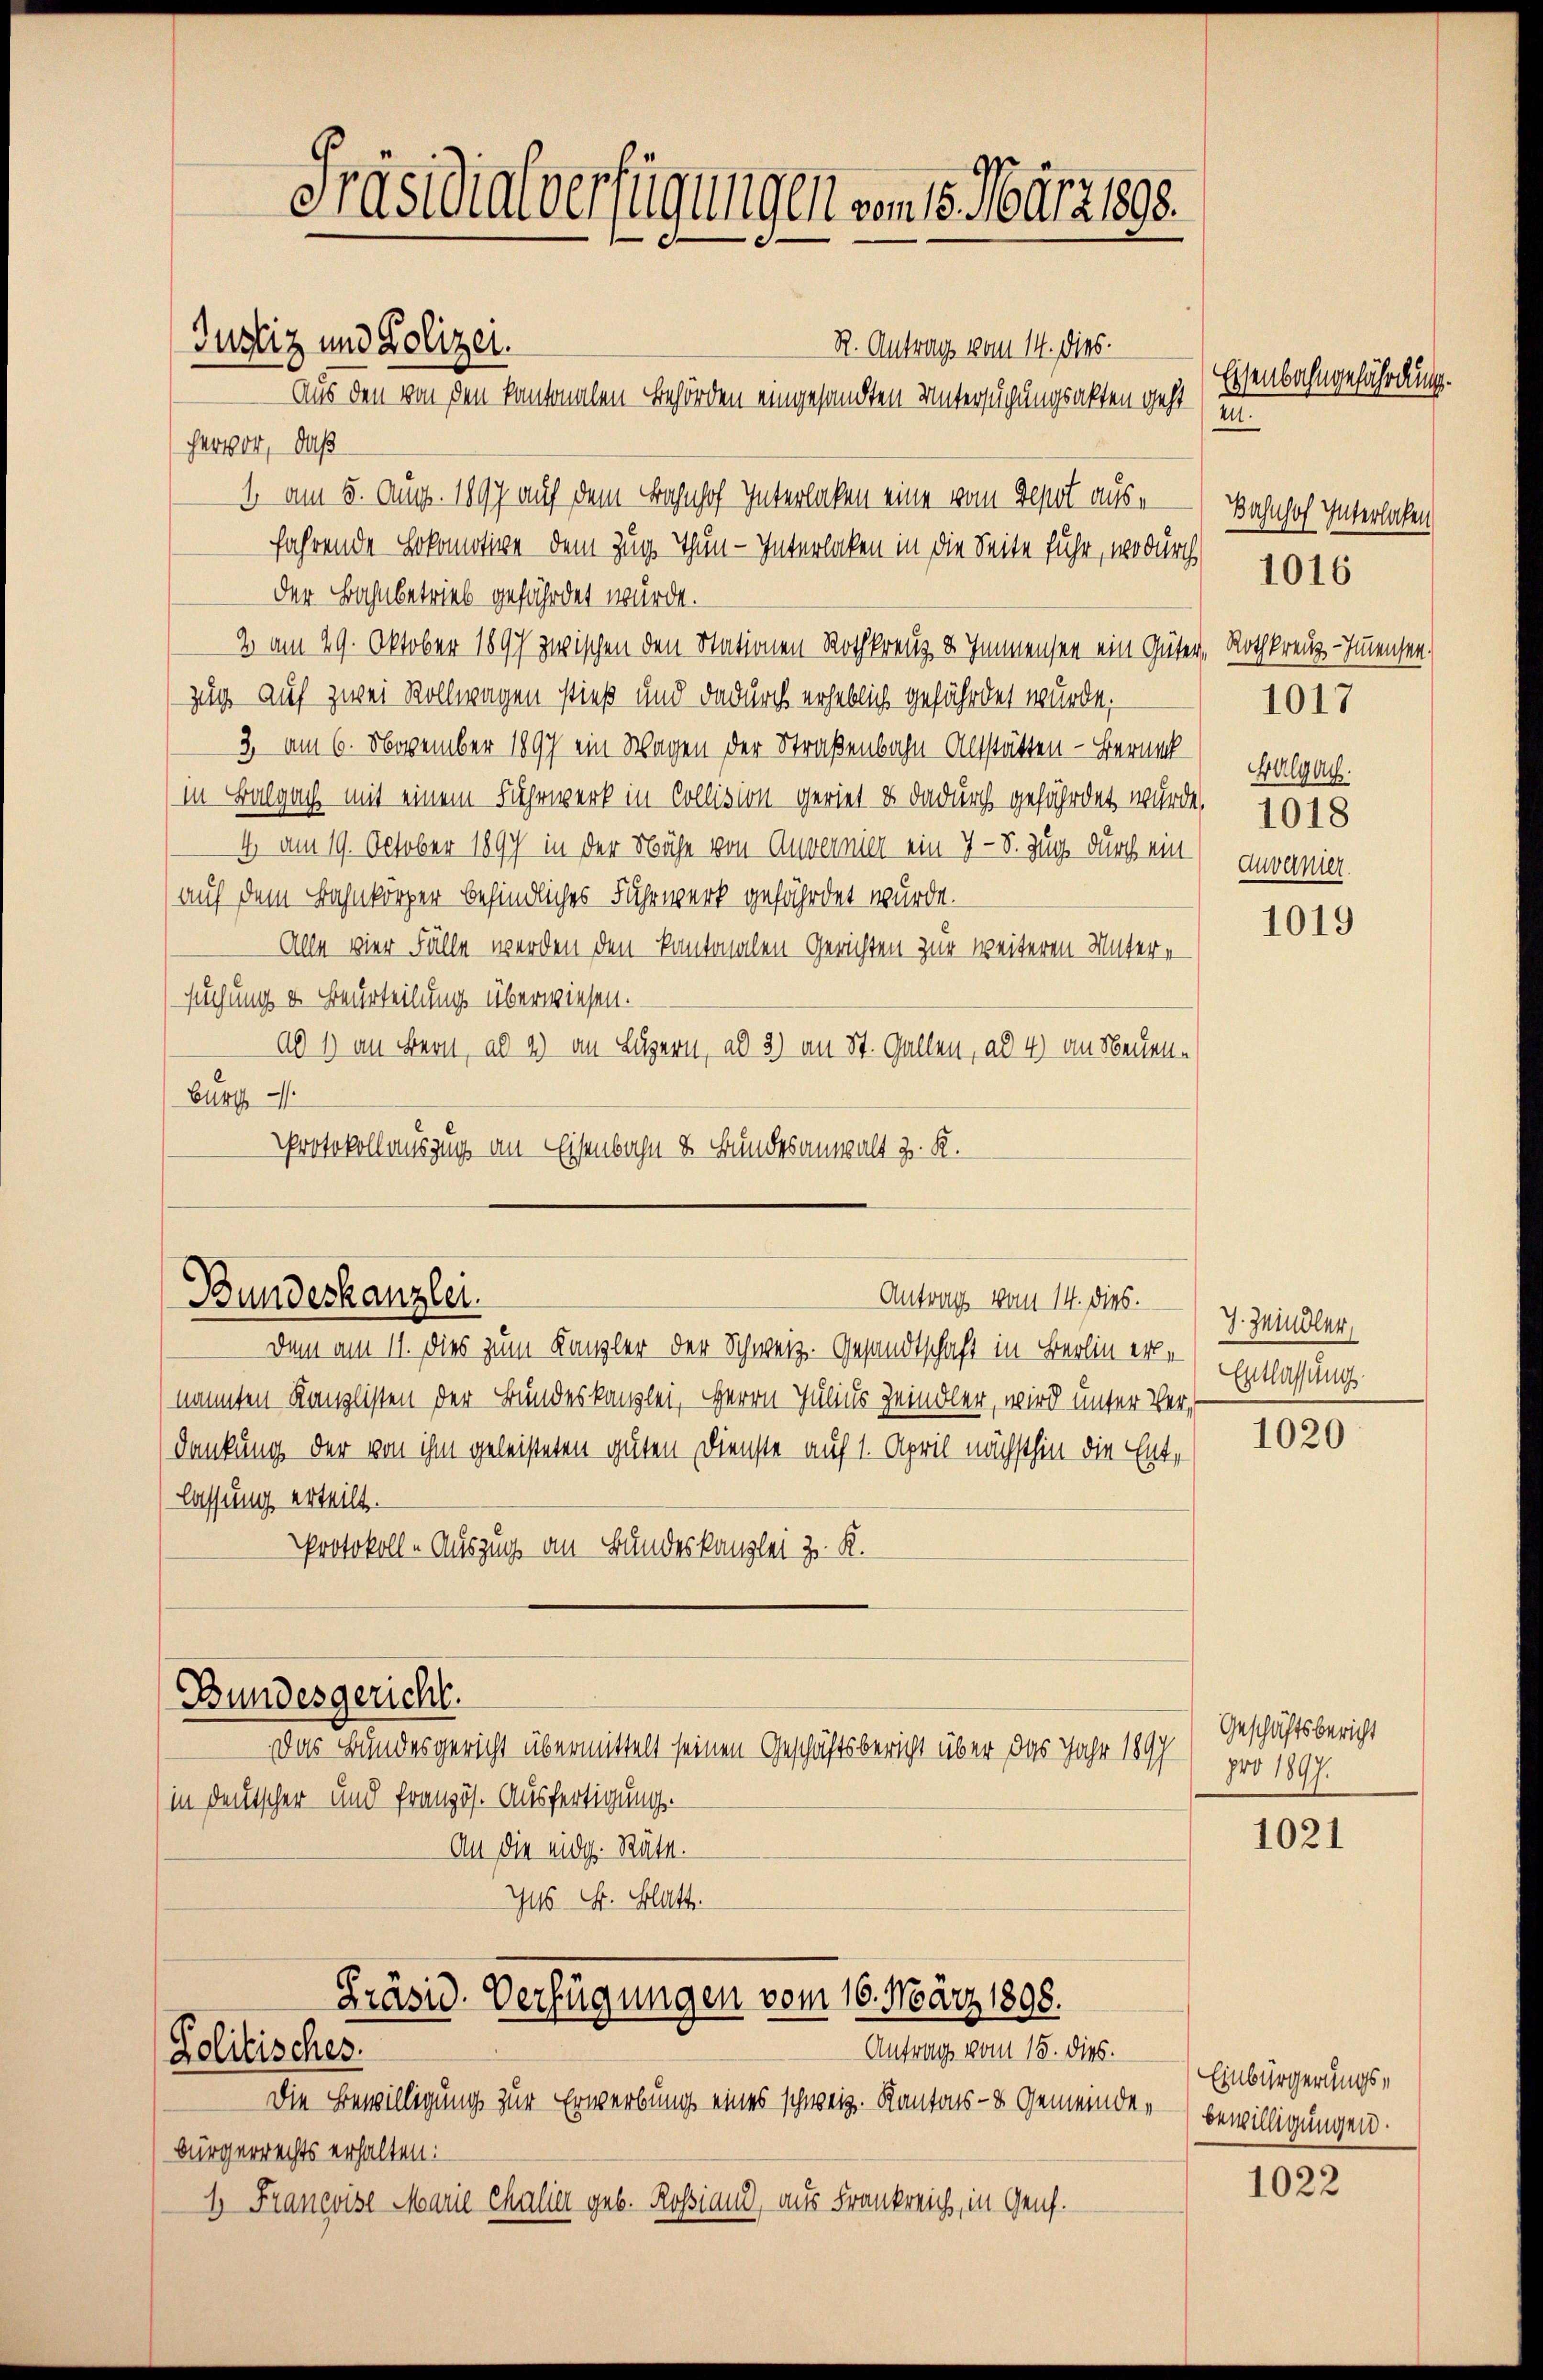
Justiz und Polizei.

R. Antrags vom 14. dies.
Aus den von den kantonalen Behörden eingesandten Unterfügungsakten geht
hervor, daß
1 am 5. Aug. 1897 auf dem Bahnhof Interlaken eine vom Depot ausfahrende Lokomotive dem Zug, Thun - Interlaken in die Seite fuhr, wodurch
der Bahnbetrieb gefährdet wurde.
2 am 29. Oktober 1897 zwischen den Stationen Rothkreuz u Immensee ein Güter, Rothkreuz-Imensen.
zug auf zwei Rollwagen stieß und dadurch erheblich gefährdet wurde,
3. am 6. November 1897 ein Wagen der Straßenbahn Altstätten - Berueck
(in Balgach mit einem Fuhrwerk in Collision geriet & dadurch gefährdet würde.
4 am 19. October 1897 in der Nähe von Anvernier ein 7-8. Zug durch ein
(auf dem Bahnkörper befindliches Fuhrwerk gefährdet wurde.
Alle vier Fälle werden den kantonalen Gerichten zur weiteren Untere
suchung u. Beurteilung überwiesen.
ad 1 an Bern, ad 4) an Luzern, ad 3) an St. Gallen, ad 4) an Neuen¬
Burg
Protokollauszug an Eisenbahn & Bundesanwalt z. R.

Bundeskanzlei.
Antrag vom 14. dies.

dem am 11. Dies zum Kanzler der Schweiz. Gesandtschaft in Berlin ernannten Kanzlisten der Bundeskanzlei, HHerrn Julius Zeindler, wird unter Verdankung der von ihm geleisteten guten Dienste auf 1. April nächsthin die Ente
lassung erteilt.
Protokoll-Auszug an Bundeskanzlei z. K.
Bundesgericht.
Das Bundesgericht übermittelt seinen Geschäftsbericht über das Jahr 1897
(in Deutscher und französ. Ausfertigung.
An die eidg. Räte.
75 S. Blatt.

Präsidialverfügungen vom 15. März 1893.

Präsid. Verfügungen vom 16. März 1898.
Antrag vom 15. dies.
Politisches.

Die Bewilligung zur Erwerbung eines schweiz. Kantons- & Gemeinde¬
Bürgerrechts erhalten:
1. Francoise Marie chalia geb. Rossiand, aus Frankreich, in Genf.

Eisenbahngefährdung.
2

Bahnhof Interlaßen
1016

Halgach.
1018
Auvanier

1017

1019

J. Zeindler,
Entlassung.

1020

Geschäftsbericht
pro 1897.

1021

Einbürgerungsbewilligungen.

1022